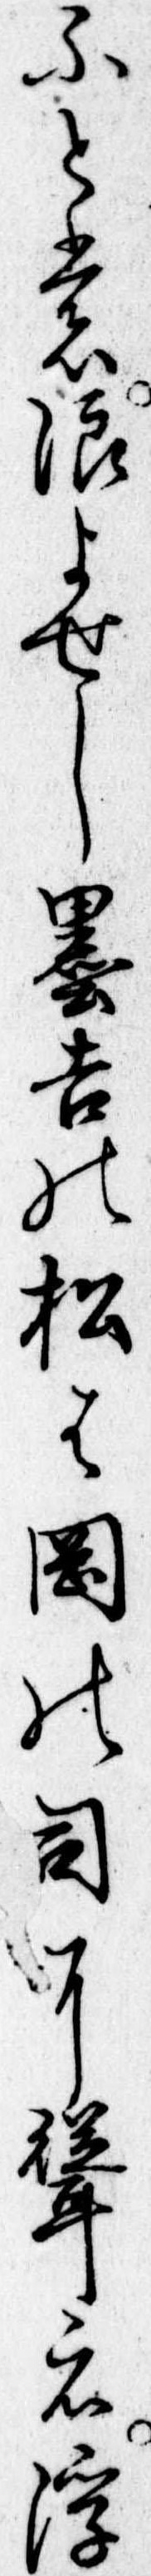
ふとも浪よせし墨吉の松は岡の司に聳え浮